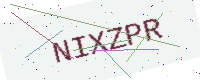
Text: NIXZPR